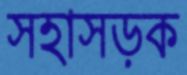
সহাসড়ক